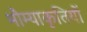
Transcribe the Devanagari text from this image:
भौम्याकृतियों